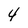
Character: 4